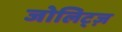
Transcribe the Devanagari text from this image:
जोलिट्ज़